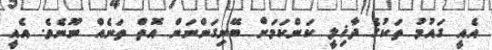
އެއީ ގައުމު ތަކުގެ ދާޚިލީ ކަންކަމަށް ބޭނިގަންނަން އޮތް ތަނެއް ނޫނެވެ. އެއީ